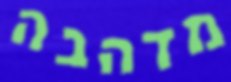
מדהבה